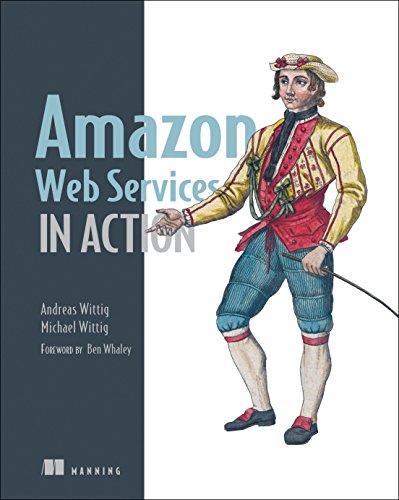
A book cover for Amazon Web Services in Action; Andreas Wittig; Computers & Technology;